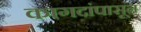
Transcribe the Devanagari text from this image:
कागदांपासून